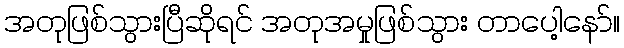
အတုဖြစ်သွားပြီဆိုရင် အတုအမှုဖြစ်သွား တာပေါ့နော်။